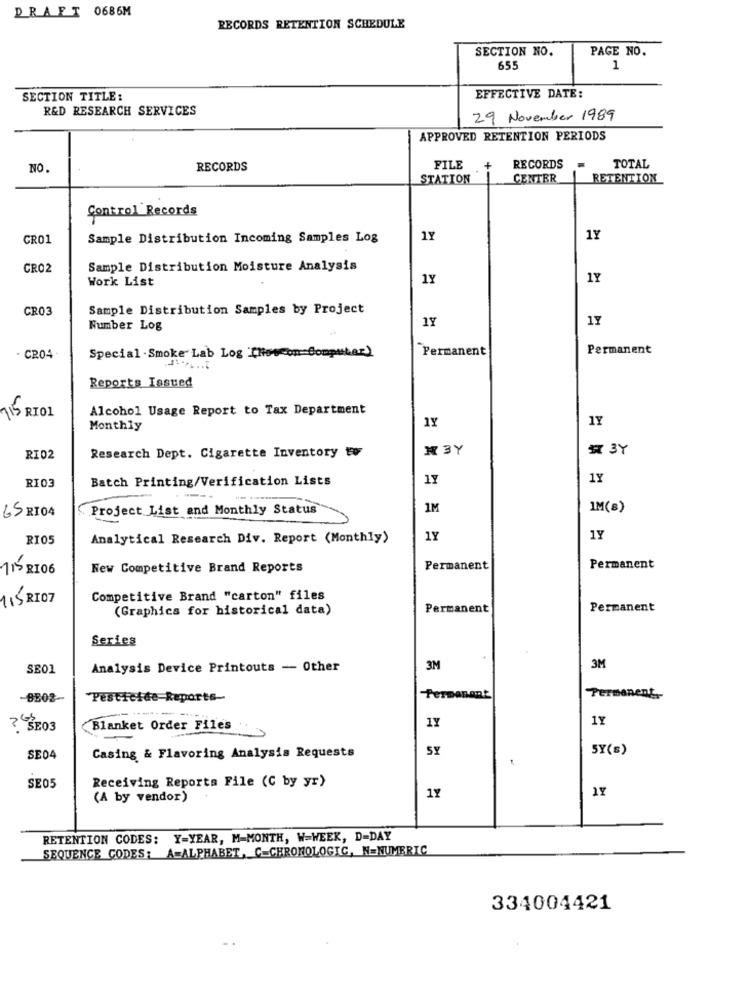
DRAFT 0686M
RECORDS RETENTION SCHEDULE
SECTION NO.
PAGE NO.
655
1
SECTION TITLE:
EFFECTIVE DATE:
R&D RESEARCH SERVICES
29 November 1989
APPROVED RETENTION PERIODS
NO.
RECORDS
FILE
+
RECORDS
TOTAL
STATION
CENTER
RETENTION
Control Records
CRO1
Sample Distribution Incoming Samples Log
1Y
1Y
CRO2
Sample Distribution Moisture Analysis
Work List
1Y
1Y
CR03
Sample Distribution Samples by Project
1Y
1Y
Number Log
Special . Smoke Lab Log [Howcon Computer)
Permanent
Permanent
- CR04-
Reports Issued
715 RIOL
Alcohol Usage Report to Tax Department
1Y
1Y
Monthly
N 3Y
# 3Y
RIO2
Research Dept. Cigarette Inventory OF
Batch Printing/Verification Lists
1Y
1Y
RI03
65 RIO4
Project List and Monthly Status
1M
IM(s)
RI05
Analytical Research Div. Report (Monthly)
1Y
1Y
115 RIO6
New Competitive Brand Reports
Permanent
Permanent
115 RIOT
Competitive Brand "carton" files
(Graphics for historical data)
Permanent
Permanent
Series
SE01
Analysis Device Printouts - Other
3M
3M
-BB02-
Pesticide Reports-
Permanant
Permanent,
1Y
1Y
?“ŠE03
Blanket Order Files
SY
SY(s)
SE04
Casing & Flavoring Analysis Requests
Receiving Reporta File (C by yr)
SE05
1Y
(A by vendor)
11
RETENTION CODES: Y-YEAR, M-MONTH, W-WEEK, D=DAY
SEQUENCE CODES: A=ALPHABET, C-CHRONOLOGIG, N=NUMERIC
334004421